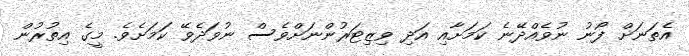
އެތަނަށް ފޯނު ނުވެއްދޭނެ ކަމަށާއި އަދި ވިޒިޓަރުންނަށްވެސް ނުވަދެވޭ ކަމަށެވެ. މީގެ އިތުރުން